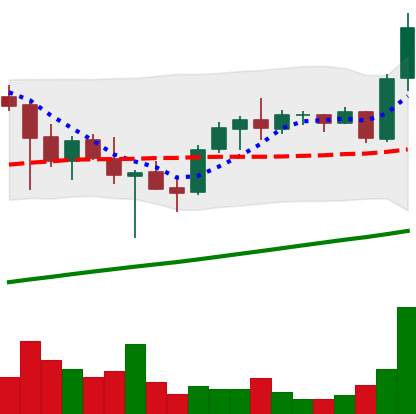
Ticker: ADA-USD
Chart end date: 2021-05-06
Forward return: 6.906%
Label: up_5_7